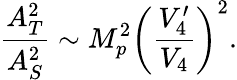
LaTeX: \frac{A_{T}^{2}}{A_{S}^{2}}\sim M_{p}^{2}\left(\frac{V_{4}^{\prime}}{V_{4}}\right)^{2}.